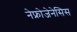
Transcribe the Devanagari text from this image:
नेफ्रोजेनेसिस